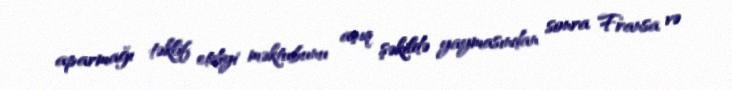
aparmağı təklif etdiyi məktubunu açıq şəkildə yaymasından sonra Fransa və